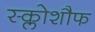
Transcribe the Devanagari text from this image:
स्क्लोशौफ